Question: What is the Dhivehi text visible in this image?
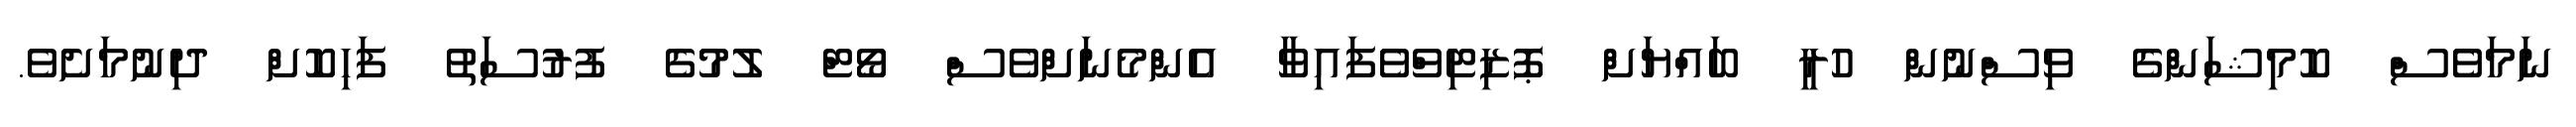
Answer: ނަމަވެެސް ކޮމިޝަންގެ ވިސްނުން ހުރީ ބައްޔަށް ޕޮޒިޓިވްވެފައިވާ އެންމެނަށްވެސް ވޯޓް ލުމުގެ ފުރުސަތު ފަހިކޮށް ދިނުމަށެވެ.